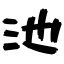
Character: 池